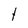
Character: t